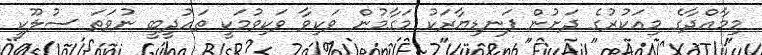
މިމާއްދާގެ މިއަކުރުގެ ދަށުން ފަނޑިޔާރަކު މަގާމުން ވަކިވާ ވަކިވުމަކީ ތައުދީބީ ނުވަތަ ސުލޫކީ